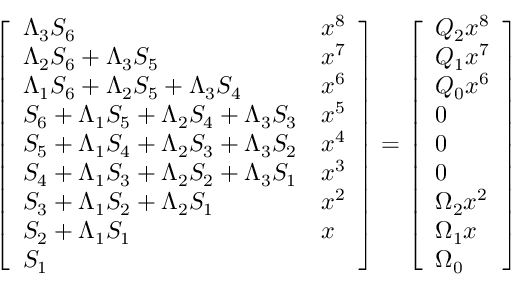
{ \left[ \begin{array} { l l } { \Lambda _ { 3 } S _ { 6 } } & { x ^ { 8 } } \\ { \Lambda _ { 2 } S _ { 6 } + \Lambda _ { 3 } S _ { 5 } } & { x ^ { 7 } } \\ { \Lambda _ { 1 } S _ { 6 } + \Lambda _ { 2 } S _ { 5 } + \Lambda _ { 3 } S _ { 4 } } & { x ^ { 6 } } \\ { S _ { 6 } + \Lambda _ { 1 } S _ { 5 } + \Lambda _ { 2 } S _ { 4 } + \Lambda _ { 3 } S _ { 3 } } & { x ^ { 5 } } \\ { S _ { 5 } + \Lambda _ { 1 } S _ { 4 } + \Lambda _ { 2 } S _ { 3 } + \Lambda _ { 3 } S _ { 2 } } & { x ^ { 4 } } \\ { S _ { 4 } + \Lambda _ { 1 } S _ { 3 } + \Lambda _ { 2 } S _ { 2 } + \Lambda _ { 3 } S _ { 1 } } & { x ^ { 3 } } \\ { S _ { 3 } + \Lambda _ { 1 } S _ { 2 } + \Lambda _ { 2 } S _ { 1 } } & { x ^ { 2 } } \\ { S _ { 2 } + \Lambda _ { 1 } S _ { 1 } } & { x } \\ { S _ { 1 } } \end{array} \right] } = { \left[ \begin{array} { l } { Q _ { 2 } x ^ { 8 } } \\ { Q _ { 1 } x ^ { 7 } } \\ { Q _ { 0 } x ^ { 6 } } \\ { 0 } \\ { 0 } \\ { 0 } \\ { \Omega _ { 2 } x ^ { 2 } } \\ { \Omega _ { 1 } x } \\ { \Omega _ { 0 } } \end{array} \right] }